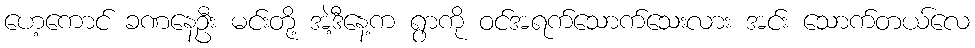
ဟေ့ကောင် ခဏနေဦး မင်းတို့ အဲ့ဒီနေ့က ရွာကို ဝင်အရက်သောက်သေးလား အင်း သောက်တယ်လေ